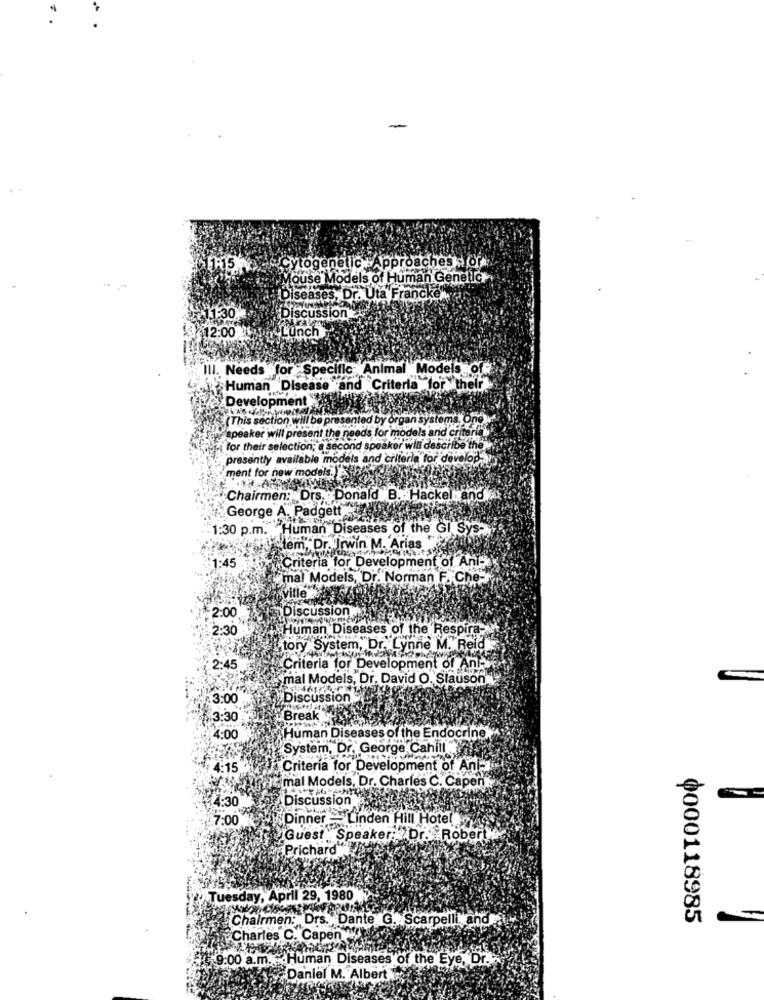
Cytogenetic Approaches soft
touse Models of Human Genelich
Diseases, Dr. Uta Francken
1:30
Discussion
$12:00
Ill. Needs for Specific Animal Models of
Human Disease and Criteria for theli
Development
This section will be
ted by or
systems, Ond
speaker will present the needs for models and criter
for their selection; a second speaker will describe the
presently available models and criteria for develop a
ment for new mode
Chairmen: Drs. Donald B. Hackel and
George A. Padgett
1:30 p.m. Human Diseases of the GI Sys-
tem, Dr. Irwin M. Arias
1:45
Criteria for Development of Ani-
mal Models, Dr. Norman F. Che-
Vitte
Discussion
2:00
2:30
Human Diseases of the Respira-
tory System, Dr. Lynne M. Reid
2:45
Criteria for Development of Ani-
mal Models, Dr. David O. Slauson
C
Discussion
Break
Human Diseases of the Endocrine
System, Dr. George Cahill
Criteria for Development of Ani-
mal Models, Dr. Charles C. Capen
Discussion
7:00
Dinner - Linden Hill Hotel
Guest Speaker: Dr. Robert
Prichard".
Tuesday, April 29, 1980
Chairmen: Drs. Dante G. Scarpelli and
ф000118985
Charles C. Capen
9:00 a.m. Human Diseases of the Eye, Dr.
Daniel M. Albert